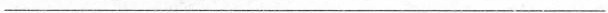
___